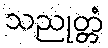
သညုတ္တံ